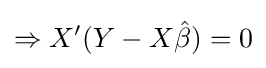
\Rightarrow X'(Y-X{\hat {\beta }})=0